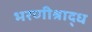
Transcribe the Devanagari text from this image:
भरणीश्राद्ध